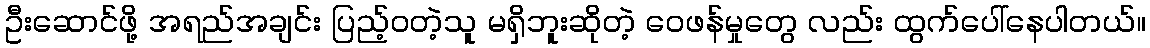
ဦးဆောင်ဖို့ အရည်အချင်း ပြည့်ဝတဲ့သူ မရှိဘူးဆိုတဲ့ ဝေဖန်မှုတွေ လည်း ထွက်ပေါ်နေပါတယ်။